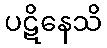
ပဋိနေသိ